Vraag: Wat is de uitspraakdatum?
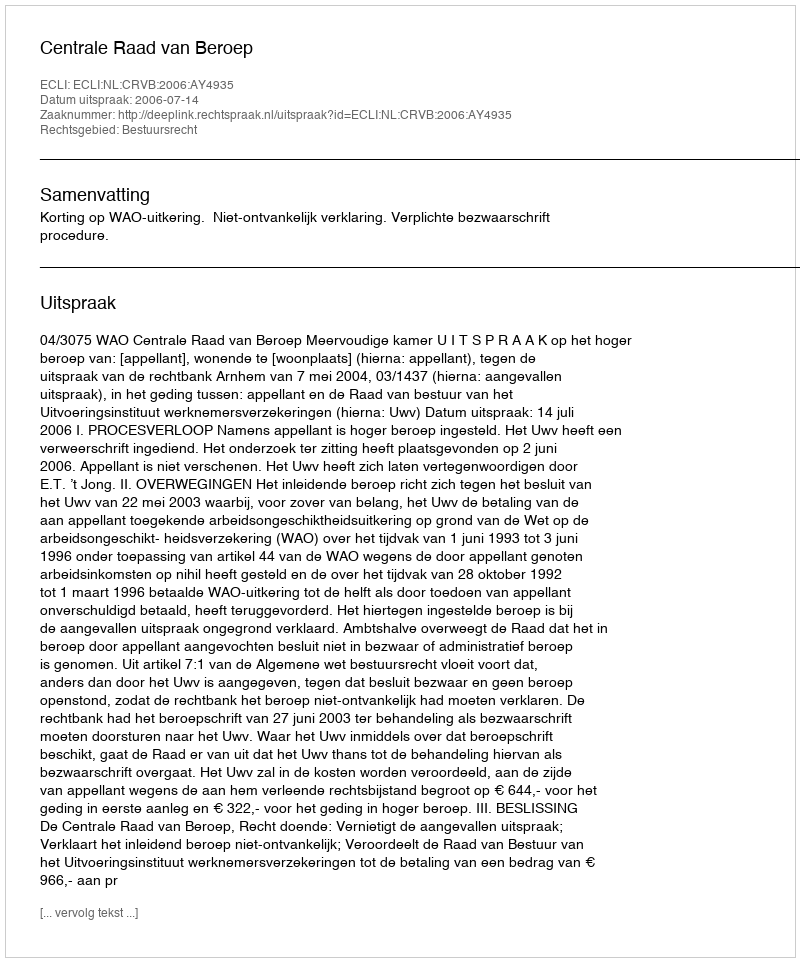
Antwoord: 2006-07-14